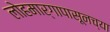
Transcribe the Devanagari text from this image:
लोहमार्गापासूनच्या